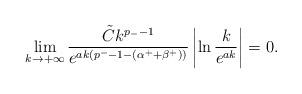
LaTeX: \begin{align*}\displaystyle\lim_{k \rightarrow + \infty} \displaystyle\frac{\tilde{C} k^{p_{-}-1}}{e^{ak(p^{-}-1 - (\alpha^{+} + \beta^{+}))}} \left| \ln \displaystyle\frac{k}{e^{ak}}\right| = 0.\end{align*}